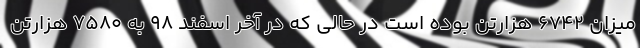
میزان 6742 هزارتن بوده است در حالی که در آخر اسفند 98 به 7580 هزارتن